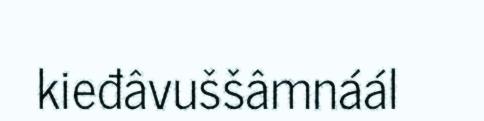
kieđâvuššâmnáál